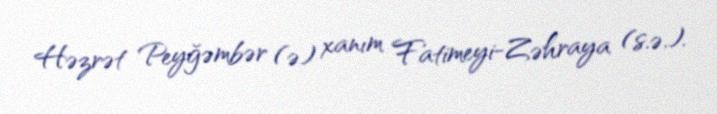
Həzrət Peyğəmbər (ə) xanım Fatimeyi-Zəhraya (s.ə.).